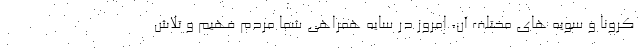
کرونا و سویه های مختلف آن، امروز در سایه همراهی شما مردم فهیم و تلاش